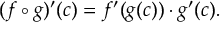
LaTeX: ( f \circ g ) ^ { \prime } ( c ) = f ^ { \prime } ( g ( c ) ) \cdot g ^ { \prime } ( c ) .